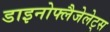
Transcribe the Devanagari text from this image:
डाइनोफ्लैजेलेट्स